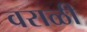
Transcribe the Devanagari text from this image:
वराळी